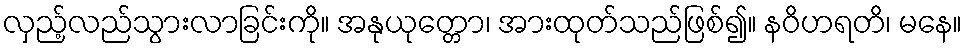
လှည့်လည်သွားလာခြင်းကို။ အနုယုတ္တော၊ အားထုတ်သည်ဖြစ်၍။ နဝိဟရတိ၊ မနေ။